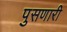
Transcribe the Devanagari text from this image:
पुसणारी